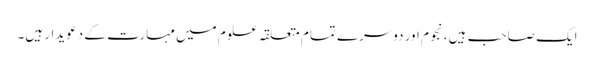
ایک صاحب ہیں، نجوم اور دوسرے تمام متعلقہ علوم میں مہارت کے دعویدار ہیں۔